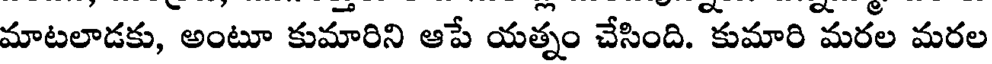
మాటలాడకు, అంటూ కుమారిని ఆపే యత్నం చేసింది. కుమారి మరల మరల